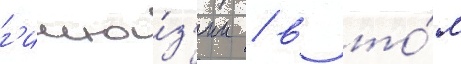
г'имна́з'ии / в то́м